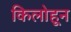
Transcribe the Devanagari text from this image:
किलोहून